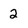
Character: 2